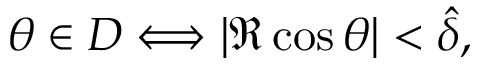
\theta \in { \cal D } \Longleftrightarrow | \Re \cos \theta | < \hat { \delta } ,